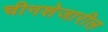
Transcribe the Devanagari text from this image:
चीनशेजारील